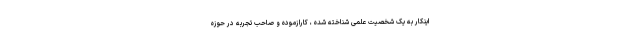
اینکار به یک شخصیت علمی شناخته شده ، کارازموده و صاحب تجربه در حوزه